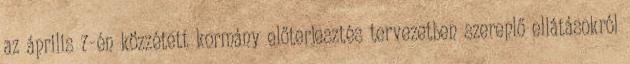
az április 7-én közzétett kormány előterjesztés tervezetben szereplő ellátásokról